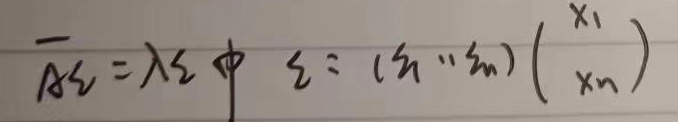
\[
\overline{A}\xi=\lambda\xi\text{中}\xi = (\xi_1\cdots\xi_n)\begin{pmatrix}
x_1 \\
x_n
\end{pmatrix}
\]